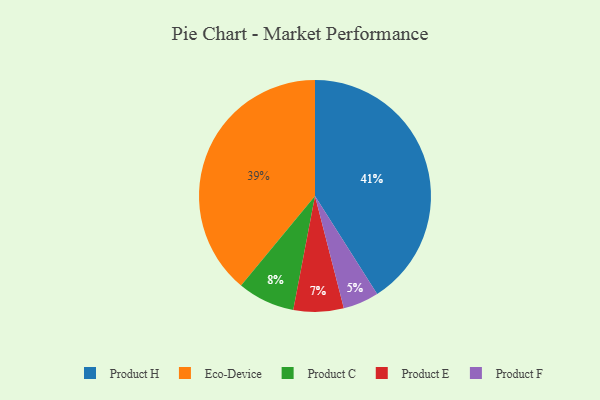
{"axis": {"x": "Category", "y": "Percentage"}, "legend": ["Eco-Device", "Product C", "Product E", "Product F", "Product H"], "data": [{"x": "Product C", "y": 8, "type": "Product C"}, {"x": "Eco-Device", "y": 39, "type": "Eco-Device"}, {"x": "Product F", "y": 5, "type": "Product F"}, {"x": "Product E", "y": 7, "type": "Product E"}, {"x": "Product H", "y": 41, "type": "Product H"}]}